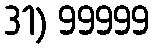
31) 99999